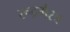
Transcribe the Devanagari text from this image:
रूद्रभैरव